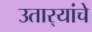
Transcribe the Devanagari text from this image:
उतार्‍यांचे